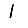
Digit: 1